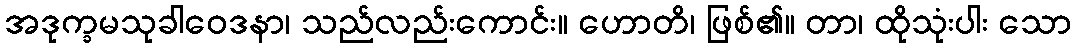
အဒုက္ခမသုခါဝေဒနာ၊ သည်လည်းကောင်း။ ဟောတိ၊ ဖြစ်၏။ တာ၊ ထိုသုံးပါး သော